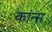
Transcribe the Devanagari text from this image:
कांन्स